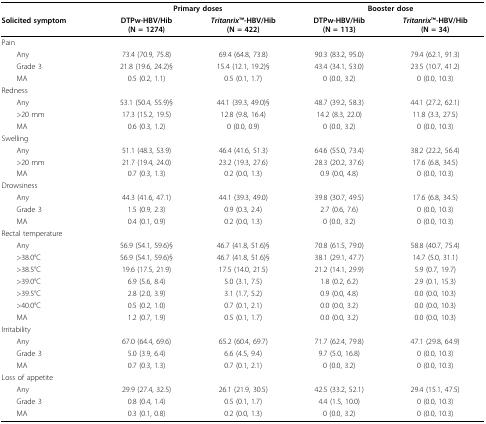
<table><thead><tr><td></td><td colspan="2"><b>Primary doses</b></td><td colspan="2"><b>Booster dose</b></td></tr><tr><td><b>Solicited symptom</b></td><td><b>DTPw-HBV/Hib (N = 1274)</b></td><td><b><i>Tritanrix</i>TM-HBV/Hib (N = 422)</b></td><td><b>DTPw-HBV/Hib (N = 113)</b></td><td><b><i>Tritanrix</i>TM-HBV/Hib (N = 34)</b></td></tr></thead><tbody><tr><td>Pain</td><td></td><td></td><td></td><td></td></tr><tr><td> Any</td><td>73.4 (70.9, 75.8)</td><td>69.4 (64.8, 73.8)</td><td>90.3 (83.2, 95.0)</td><td>79.4 (62.1, 91.3)</td></tr><tr><td> Grade 3</td><td>21.8 (19.6, 24.2)§</td><td>15.4 (12.1, 19.2)§</td><td>43.4 (34.1, 53.0)</td><td>23.5 (10.7, 41.2)</td></tr><tr><td> MA</td><td>0.5 (0.2, 1.1)</td><td>0.5 (0.1, 1.7)</td><td>0 (0.0, 3.2)</td><td>0 (0.0, 10.3)</td></tr><tr><td>Redness</td><td></td><td></td><td></td><td></td></tr><tr><td> Any</td><td>53.1 (50.4, 55.9)§</td><td>44.1 (39.3, 49.0)§</td><td>48.7 (39.2, 58.3)</td><td>44.1 (27.2, 62.1)</td></tr><tr><td> &gt; 20 mm</td><td>17.3 (15.2, 19.5)</td><td>12.8 (9.8, 16.4)</td><td>14.2 (8.3, 22.0)</td><td>11.8 (3.3, 27.5)</td></tr><tr><td> MA</td><td>0.6 (0.3, 1.2)</td><td>0 (0.0, 0.9)</td><td>0 (0.0, 3.2)</td><td>0 (0.0, 10.3)</td></tr><tr><td>Swelling</td><td></td><td></td><td></td><td></td></tr><tr><td> Any</td><td>51.1 (48.3, 53.9)</td><td>46.4 (41.6, 51.3)</td><td>64.6 (55.0, 73.4)</td><td>38.2 (22.2, 56.4)</td></tr><tr><td> &gt; 20 mm</td><td>21.7 (19.4, 24.0)</td><td>23.2 (19.3, 27.6)</td><td>28.3 (20.2, 37.6)</td><td>17.6 (6.8, 34.5)</td></tr><tr><td> MA</td><td>0.7 (0.3, 1.3)</td><td>0.2 (0.0, 1.3)</td><td>0.9 (0.0, 4.8)</td><td>0 (0.0, 10.3)</td></tr><tr><td>Drowsiness</td><td></td><td></td><td></td><td></td></tr><tr><td> Any</td><td>44.3 (41.6, 47.1)</td><td>44.1 (39.3, 49.0)</td><td>39.8 (30.7, 49.5)</td><td>17.6 (6.8, 34.5)</td></tr><tr><td> Grade 3</td><td>1.5 (0.9, 2.3)</td><td>0.9 (0.3, 2.4)</td><td>2.7 (0.6, 7.6)</td><td>0 (0.0, 10.3)</td></tr><tr><td> MA</td><td>0.4 (0.1, 0.9)</td><td>0.2 (0.0, 1.3)</td><td>0 (0.0, 3.2)</td><td>0 (0.0, 10.3)</td></tr><tr><td>Rectal temperature</td><td></td><td></td><td></td><td></td></tr><tr><td> Any</td><td>56.9 (54.1, 59.6)§</td><td>46.7 (41.8, 51.6)§</td><td>70.8 (61.5, 79.0)</td><td>58.8 (40.7, 75.4)</td></tr><tr><td> &gt; 38.0°C</td><td>56.9 (54.1, 59.6)§</td><td>46.7 (41.8, 51.6)§</td><td>38.1 (29.1, 47.7)</td><td>14.7 (5.0, 31.1)</td></tr><tr><td> &gt; 38.5°C</td><td>19.6 (17.5, 21.9)</td><td>17.5 (14.0, 21.5)</td><td>21.2 (14.1, 29.9)</td><td>5.9 (0.7, 19.7)</td></tr><tr><td> &gt; 39.0°C</td><td>6.9 (5.6, 8.4)</td><td>5.0 (3.1, 7.5)</td><td>1.8 (0.2, 6.2)</td><td>2.9 (0.1, 15.3)</td></tr><tr><td> &gt; 39.5°C</td><td>2.8 (2.0, 3.9)</td><td>3.1 (1.7, 5.2)</td><td>0.9 (0.0, 4.8)</td><td>0.0 (0.0, 10.3)</td></tr><tr><td> &gt; 40.0°C</td><td>0.5 (0.2, 1.0)</td><td>0.7 (0.1, 2.1)</td><td>0.0 (0.0, 3.2)</td><td>0.0 (0.0, 10.3)</td></tr><tr><td> MA</td><td>1.2 (0.7, 1.9)</td><td>0.5 (0.1, 1.7)</td><td>0.0 (0.0, 3.2)</td><td>0.0 (0.0, 10.3)</td></tr><tr><td>Irritability</td><td></td><td></td><td></td><td></td></tr><tr><td> Any</td><td>67.0 (64.4, 69.6)</td><td>65.2 (60.4, 69.7)</td><td>71.7 (62.4, 79.8)</td><td>47.1 (29.8, 64.9)</td></tr><tr><td> Grade 3</td><td>5.0 (3.9, 6.4)</td><td>6.6 (4.5, 9.4)</td><td>9.7 (5.0, 16.8)</td><td>0 (0.0, 10.3)</td></tr><tr><td> MA</td><td>0.7 (0.3, 1.3)</td><td>0.7 (0.1, 2.1)</td><td>0 (0.0, 3.2)</td><td>0 (0.0, 10.3)</td></tr><tr><td>Loss of appetite</td><td></td><td></td><td></td><td></td></tr><tr><td> Any</td><td>29.9 (27.4, 32.5)</td><td>26.1 (21.9, 30.5)</td><td>42.5 (33.2, 52.1)</td><td>29.4 (15.1, 47.5)</td></tr><tr><td> Grade 3</td><td>0.8 (0.4, 1.4)</td><td>0.5 (0.1, 1.7)</td><td>4.4 (1.5, 10.0)</td><td>0 (0.0, 10.3)</td></tr><tr><td> MA</td><td>0.3 (0.1, 0.8)</td><td>0.2 (0.0, 1.3)</td><td>0 (0.0, 3.2)</td><td>0 (0.0, 10.3)</td></tr></tbody></table>